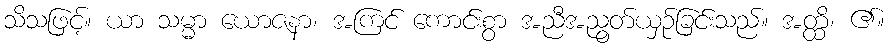
သိသဖြင့်။ ယာ သမ္မာ ယောဇနာ၊ အကြင် ကောင်းစွာ အညီအညွတ်ယှဉ်ခြင်းသည်။ အတ္ထိ၊ ၏။